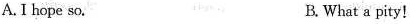
A.I hope so.B. What a pity!